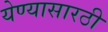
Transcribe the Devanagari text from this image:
येण्यासारठी